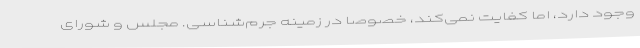
وجود دارد، اما کفایت نمی‌کند، خصوصا در زمینه جرم‌شناسی. مجلس و شورای